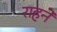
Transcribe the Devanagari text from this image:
राहने